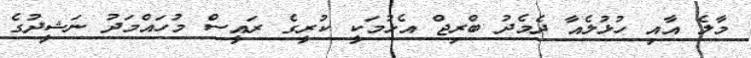
މާލެ އާއި ހުޅުލެއާ ދެމެދު ބްރިޖް އެޅުމަކީ ކުރީގެ ރައީސް މުހައްމަދު ނަޝީދުގެ